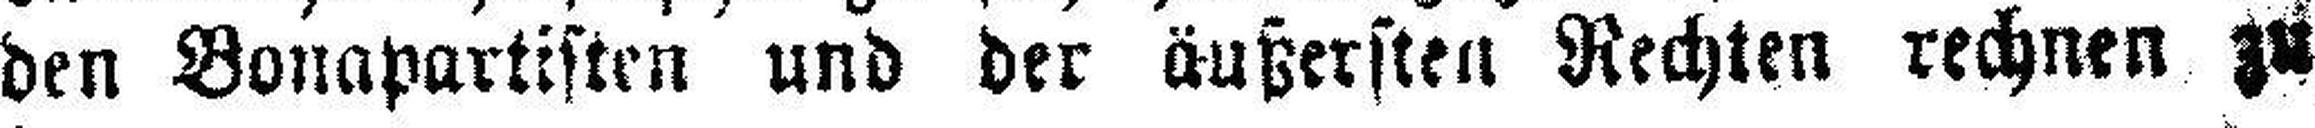
den Bonapartisten und der äußersten Rechten rechnen zu